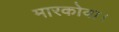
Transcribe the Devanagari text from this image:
मारकोवा।